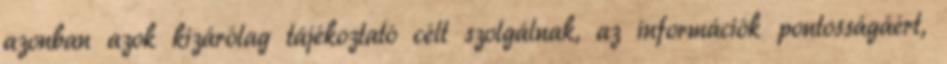
azonban azok kizárólag tájékoztató célt szolgálnak, az információk pontosságáért,